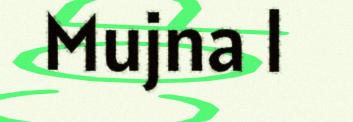
Mujna l